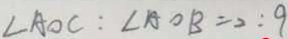
\angle A O C : \angle A O B = 2 : 9